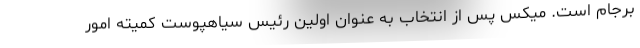
برجام است. میکس پس از انتخاب به عنوان اولین رئیس سیاهپوست کمیته امور